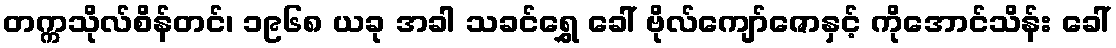
တက္ကသိုလ်စိန်တင်၊ ၁၉၆၈ ယခု အခါ သခင်ရွှေ ခေါ် ဗိုလ်ကျော်ဇောနှင့် ကိုအောင်သိန်း ခေါ်